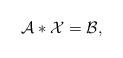
LaTeX: \begin{align*}\mathcal{A}\ast\mathcal{X}=\mathcal{B},\end{align*}